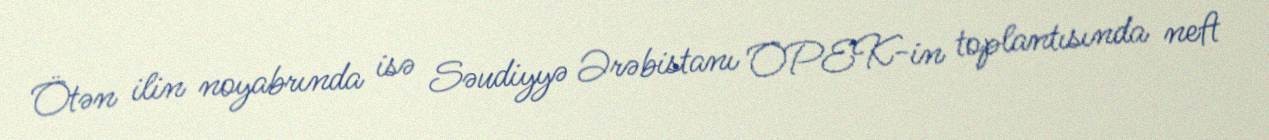
Ötən ilin noyabrında isə Səudiyyə Ərəbistanı OPEK-in toplantısında neft